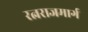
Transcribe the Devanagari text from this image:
रत्नराजमार्ग